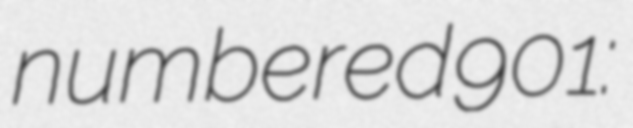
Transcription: numbered 901: